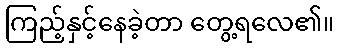
ကြည့်နှင့်နေခဲ့တာ တွေ့ရလေ၏။